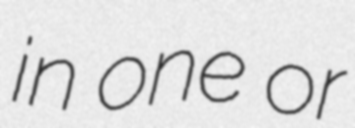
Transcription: in one or